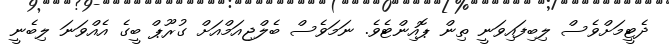
ދެޓީމަށްވެސް ލިބިފައިވަނީ ތިން ޕޮއިންޓެވެ. ނަމަވެސް ބެލްޖިއަމްއަށް ގުރޫޕް ބީގެ އެއްވަނަ ލިބެނީ